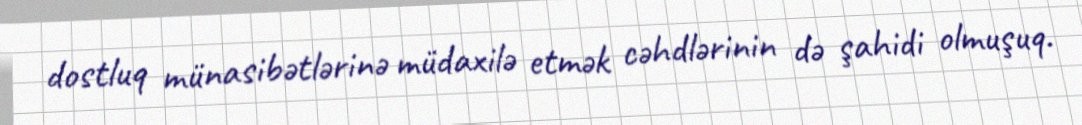
dostluq münasibətlərinə müdaxilə etmək cəhdlərinin də şahidi olmuşuq.